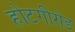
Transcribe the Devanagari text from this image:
होटगीरोड